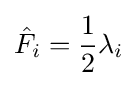
{\hat {F_{i}}}={\frac {1}{2}}\lambda _{i}